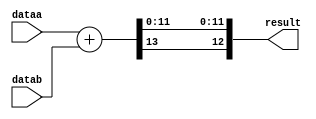
// preserve the sign bit "temp_result[WIDTH]"
// drop "temp_result[WIDTH-1]"
// preserve temp_result[WIDTH-2:0]

module signed_add
#(parameter WIDTH=13)
(
	input signed [WIDTH-1:0] dataa,
	input signed [WIDTH-1:0] datab,
	output [WIDTH-1:0] result
);

wire [WIDTH:0] temp_result;

assign temp_result = dataa + datab;

assign result = {temp_result[WIDTH], temp_result[WIDTH-2:0]};


endmodule